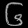
Digit: ၆